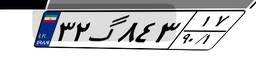
۳۲گ۸۴۳۱۷